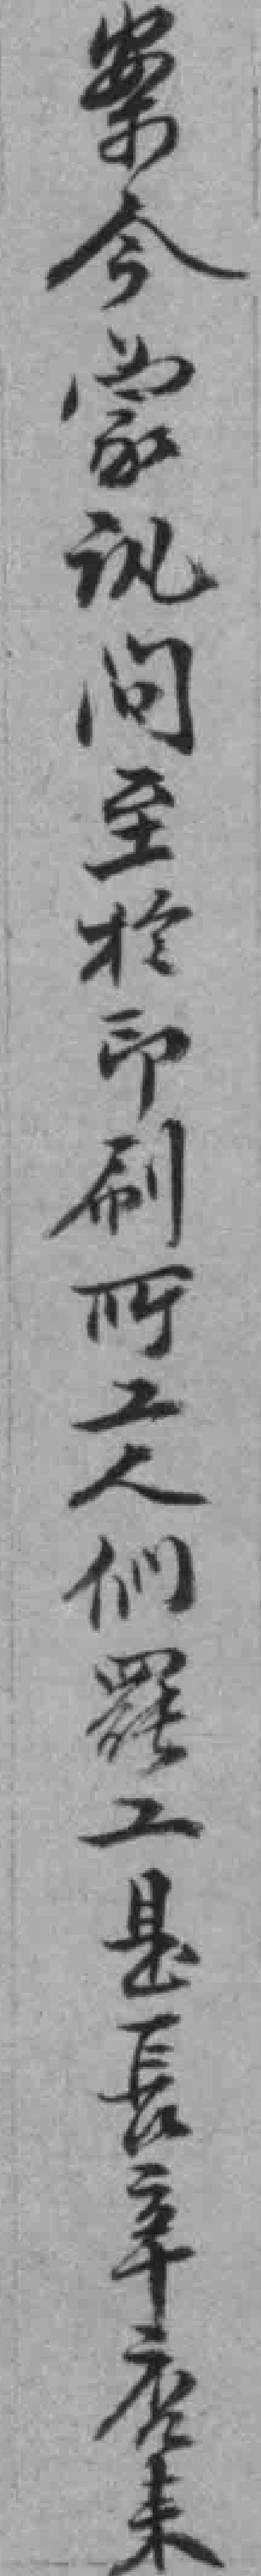
案今蒙讯问至扵印刷所工人们罷工是長辛店來